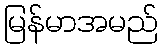
မြန်မာအမည်